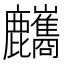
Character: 𪋸